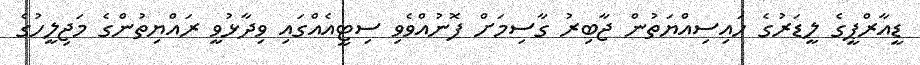
ޑީއާރްޕީގެ ލީޑަރުގެ ހައިސިއްޔަތުން ޖާބިރު ގާސިމަށް ފޮނުއްވެވި ސިޓީއެއްގައި ވިދާޅުވީ ރައްޔިތުންގެ މަޖިލީހުގެ